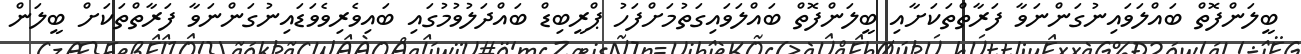
ބީލަންފޮތް ބައްލަވައިނުގަންނަވާ ފަރާތްތަކަށާއި ބީލަންފޮތް ބައްލަވައިގަތުމަށްފަހު ޕްރީބިޑް ބައްދަލުވުމުގައި ބައިވެރިވެވަޑައިނުގަންނަވާ ފަރާތްތަކަށް ބީލަން